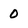
Character: 0